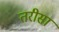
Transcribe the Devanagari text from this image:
तरीसा